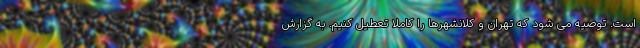
است. توصیه می شود که تهران و کلانشهرها را کاملا تعطیل کنیم. به گزارش